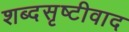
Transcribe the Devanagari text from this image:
शब्दसृष्टीवाद